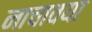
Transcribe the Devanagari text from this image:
नाचावया